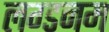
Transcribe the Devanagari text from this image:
लग्डनम